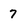
Character: 7